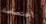
اختصاصك